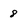
Character: 8